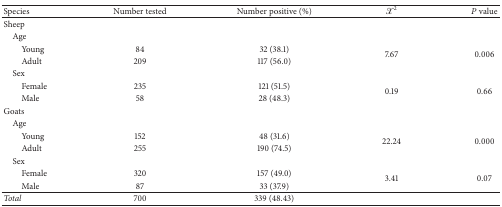
<table><thead><tr><td><b>Species</b></td><td><b>Number tested</b></td><td><b>Number positive (%)</b></td><td><b><i>X</i><sup>2</sup></b></td><td><b><i>P</i> value</b></td></tr></thead><tbody><tr><td>Sheep</td><td> </td><td> </td><td> </td><td> </td></tr><tr><td> Age</td><td> </td><td> </td><td> </td><td> </td></tr><tr><td>Young</td><td>84</td><td>32 (38.1)</td><td rowspan="2">7.67</td><td rowspan="2">0.006</td></tr><tr><td>Adult</td><td>209</td><td>117 (56.0)</td></tr><tr><td> Sex</td><td> </td><td> </td><td> </td><td> </td></tr><tr><td>Female</td><td>235</td><td>121 (51.5)</td><td rowspan="2">0.19</td><td rowspan="2">0.66</td></tr><tr><td>Male</td><td>58</td><td>28 (48.3)</td></tr><tr><td>Goats</td><td> </td><td> </td><td> </td><td> </td></tr><tr><td> Age</td><td> </td><td> </td><td> </td><td> </td></tr><tr><td>Young</td><td>152</td><td>48 (31.6)</td><td rowspan="2">22.24</td><td rowspan="2">0.000</td></tr><tr><td>Adult</td><td>255</td><td>190 (74.5)</td></tr><tr><td> Sex</td><td> </td><td> </td><td> </td><td> </td></tr><tr><td>Female</td><td>320</td><td>157 (49.0)</td><td rowspan="2">3.41</td><td rowspan="2">0.07</td></tr><tr><td>Male</td><td>87</td><td>33 (37.9)</td></tr><tr><td><i>Total</i></td><td>700</td><td>339 (48.43)</td><td> </td><td> </td></tr></tbody></table>